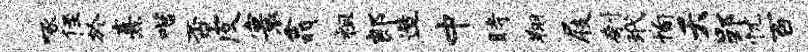
啄侄於熹喈否皮寰翕祖郎造中时翔屐刳玳恂夭郢忧百